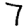
Digit: 7